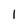
Character: 1